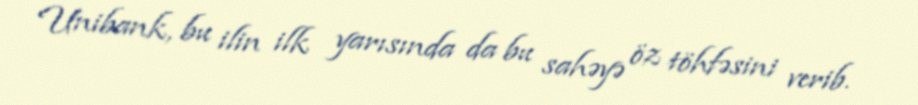
Unibank, bu ilin ilk yarısında da bu sahəyə öz töhfəsini verib.